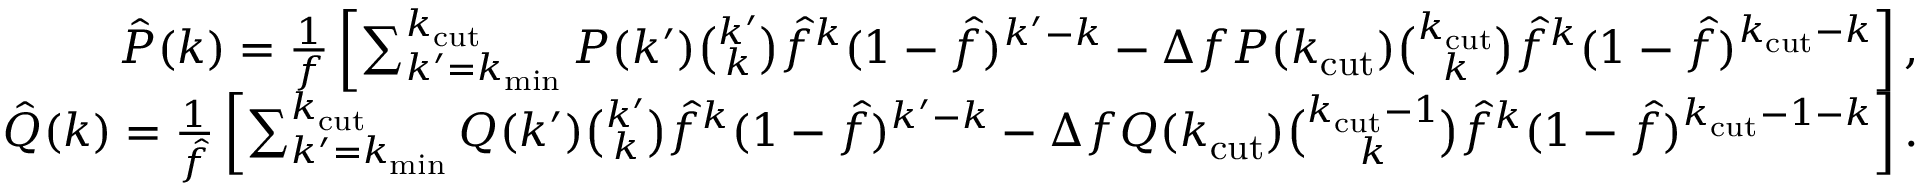
\begin{array} { r } { \hat { P } ( k ) = \frac { 1 } { f } \left[ \sum _ { k ^ { \prime } = k _ { \mathrm { m i n } } } ^ { k _ { \mathrm { c u t } } } P ( k ^ { \prime } ) \binom { k ^ { \prime } } { k } \hat { f } ^ { k } ( 1 - \hat { f } ) ^ { k ^ { \prime } - k } - \Delta f P ( k _ { \mathrm { c u t } } ) \binom { k _ { \mathrm { c u t } } } { k } \hat { f } ^ { k } ( 1 - \hat { f } ) ^ { k _ { \mathrm { c u t } } - k } \right] , } \\ { \hat { Q } ( k ) = \frac { 1 } { \hat { f } } \left[ \sum _ { k ^ { \prime } = k _ { \mathrm { m i n } } } ^ { k _ { \mathrm { c u t } } } Q ( k ^ { \prime } ) \binom { k ^ { \prime } } { k } \hat { f } ^ { k } ( 1 - \hat { f } ) ^ { k ^ { \prime } - k } - \Delta f Q ( k _ { \mathrm { c u t } } ) \binom { k _ { \mathrm { c u t } } - 1 } { k } \hat { f } ^ { k } ( 1 - \hat { f } ) ^ { k _ { \mathrm { c u t } } - 1 - k } \right] . } \end{array}